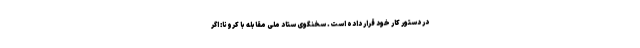
در دستور کار خود قرار داده است. سخنگوی ستاد ملی مقابله با کرونا: اگر